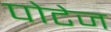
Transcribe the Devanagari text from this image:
पोटेज